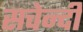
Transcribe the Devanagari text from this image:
सचेन्दी